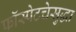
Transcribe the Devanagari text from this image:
फॉस्पेटचेसुद्धा